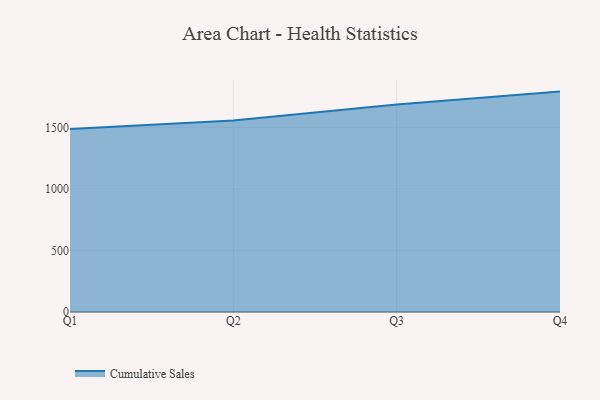
{"axis": {"x": "Quarter", "y": "Budget (USD K)"}, "legend": ["Cumulative Sales"], "data": [{"x": "Q1", "y": 1487.3, "type": "Cumulative Sales"}, {"x": "Q2", "y": 1555.6, "type": "Cumulative Sales"}, {"x": "Q3", "y": 1686.7, "type": "Cumulative Sales"}, {"x": "Q4", "y": 1790.8, "type": "Cumulative Sales"}]}